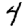
Digit: 4